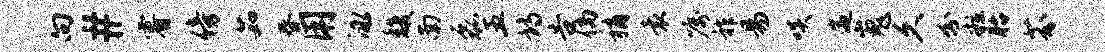
向#睿傍茹春用泳馥南磊五诗告倘稍袁嘱祚易啖遄嵬久分粒胎芬